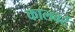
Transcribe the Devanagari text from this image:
कालवर्ट